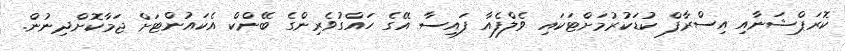
ކޮރަޕްޝަނާއި އިސްރާފް ކުޑަކުރުމަށްޓަކައި ވެލްފެއާ ފައިސާ އޭގެ ހައްގުވެރިންގެ ބޭންކް އެކައުންޓަށް ޖަމާކޮށްދިނުން.